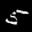
Label: 5